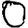
Digit: 0